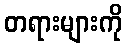
တရားများကို